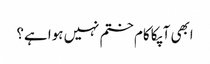
ابھی آپکا کام ختم نہیں ہوا ہے؟